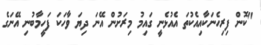
"ކޮން ފިރިހެނަކާއިއެކުތަ އެއުޅެނީ ގައިމު މިރަށުން އޭނަ ދިޔަ ވާހަކަ ފަހީމާބުނި އޭނަގެ